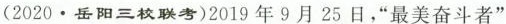
(2020·岳阳三校联考)2019年9月25日，”最美奋斗者”